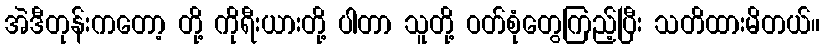
အဲဒီတုန်းကတော့ တို့ ကိုရီးယားတို့ ပါတာ သူတို့ ဝတ်စုံတွေကြည့်ပြီး သတိထားမိတယ်။